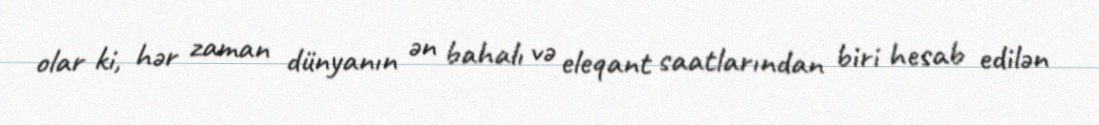
olar ki, hər zaman dünyanın ən bahalı və eleqant saatlarından biri hesab edilən